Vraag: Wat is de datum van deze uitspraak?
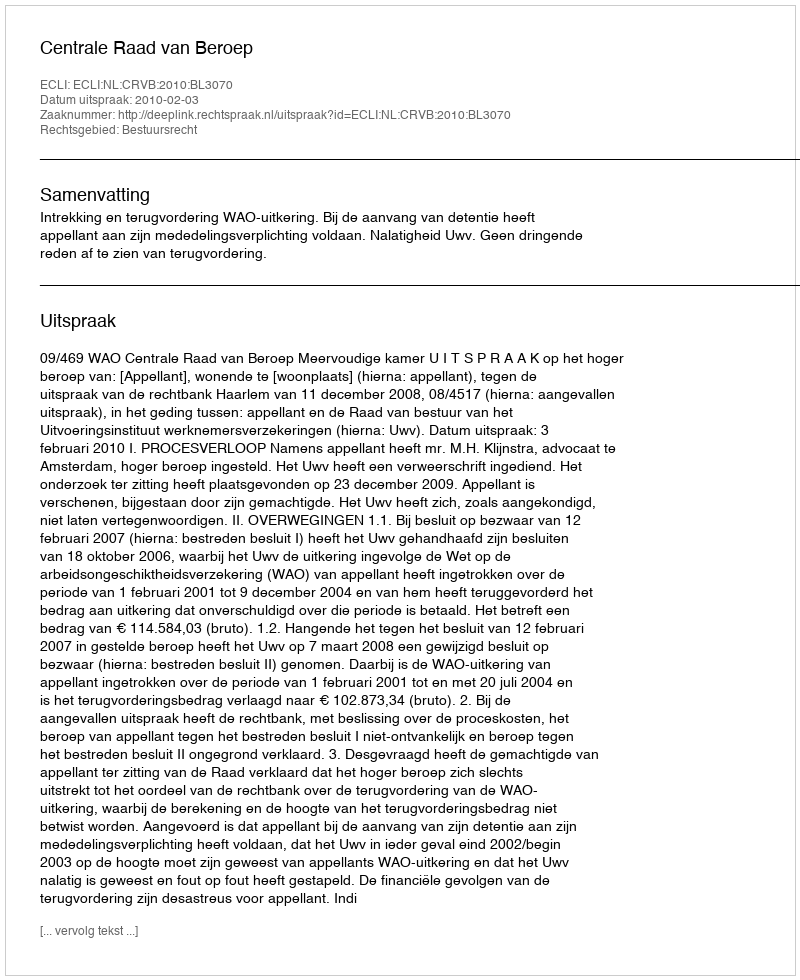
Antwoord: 2010-02-03